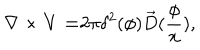
\nabla \times { \bf V = } 2 \pi \delta ^ { 2 } ( { \bf \phi } ) \vec { D } ( \frac \phi x ) ,